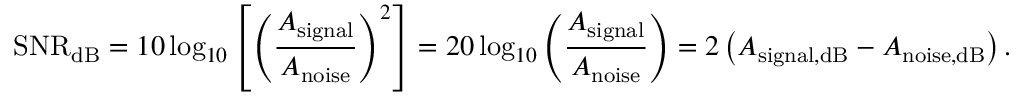
\mathrm { S N R _ { d B } } = 1 0 \log _ { 1 0 } \left[ \left( { \frac { A _ { \mathrm { s i g n a l } } } { A _ { \mathrm { n o i s e } } } } \right) ^ { 2 } \right] = 2 0 \log _ { 1 0 } \left( { \frac { A _ { \mathrm { s i g n a l } } } { A _ { \mathrm { n o i s e } } } } \right) = 2 \left( { A _ { \mathrm { s i g n a l , d B } } - A _ { \mathrm { n o i s e , d B } } } \right) .